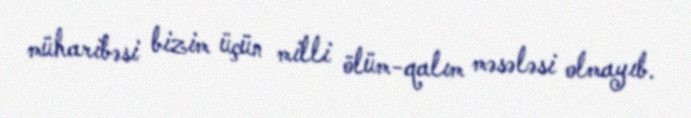
müharibəsi bizim üçün milli ölüm-qalım məsələsi olmayıb.